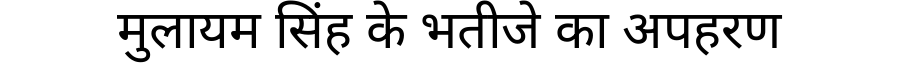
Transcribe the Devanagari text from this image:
मुलायम सिंह के भतीजे का अपहरण